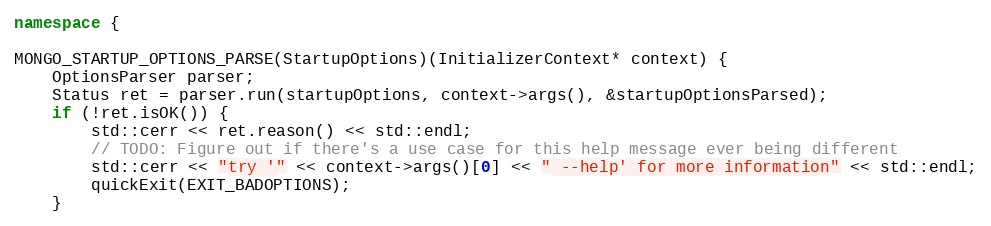
Language: C++
namespace {

MONGO_STARTUP_OPTIONS_PARSE(StartupOptions)(InitializerContext* context) {
    OptionsParser parser;
    Status ret = parser.run(startupOptions, context->args(), &startupOptionsParsed);
    if (!ret.isOK()) {
        std::cerr << ret.reason() << std::endl;
        // TODO: Figure out if there's a use case for this help message ever being different
        std::cerr << "try '" << context->args()[0] << " --help' for more information" << std::endl;
        quickExit(EXIT_BADOPTIONS);
    }